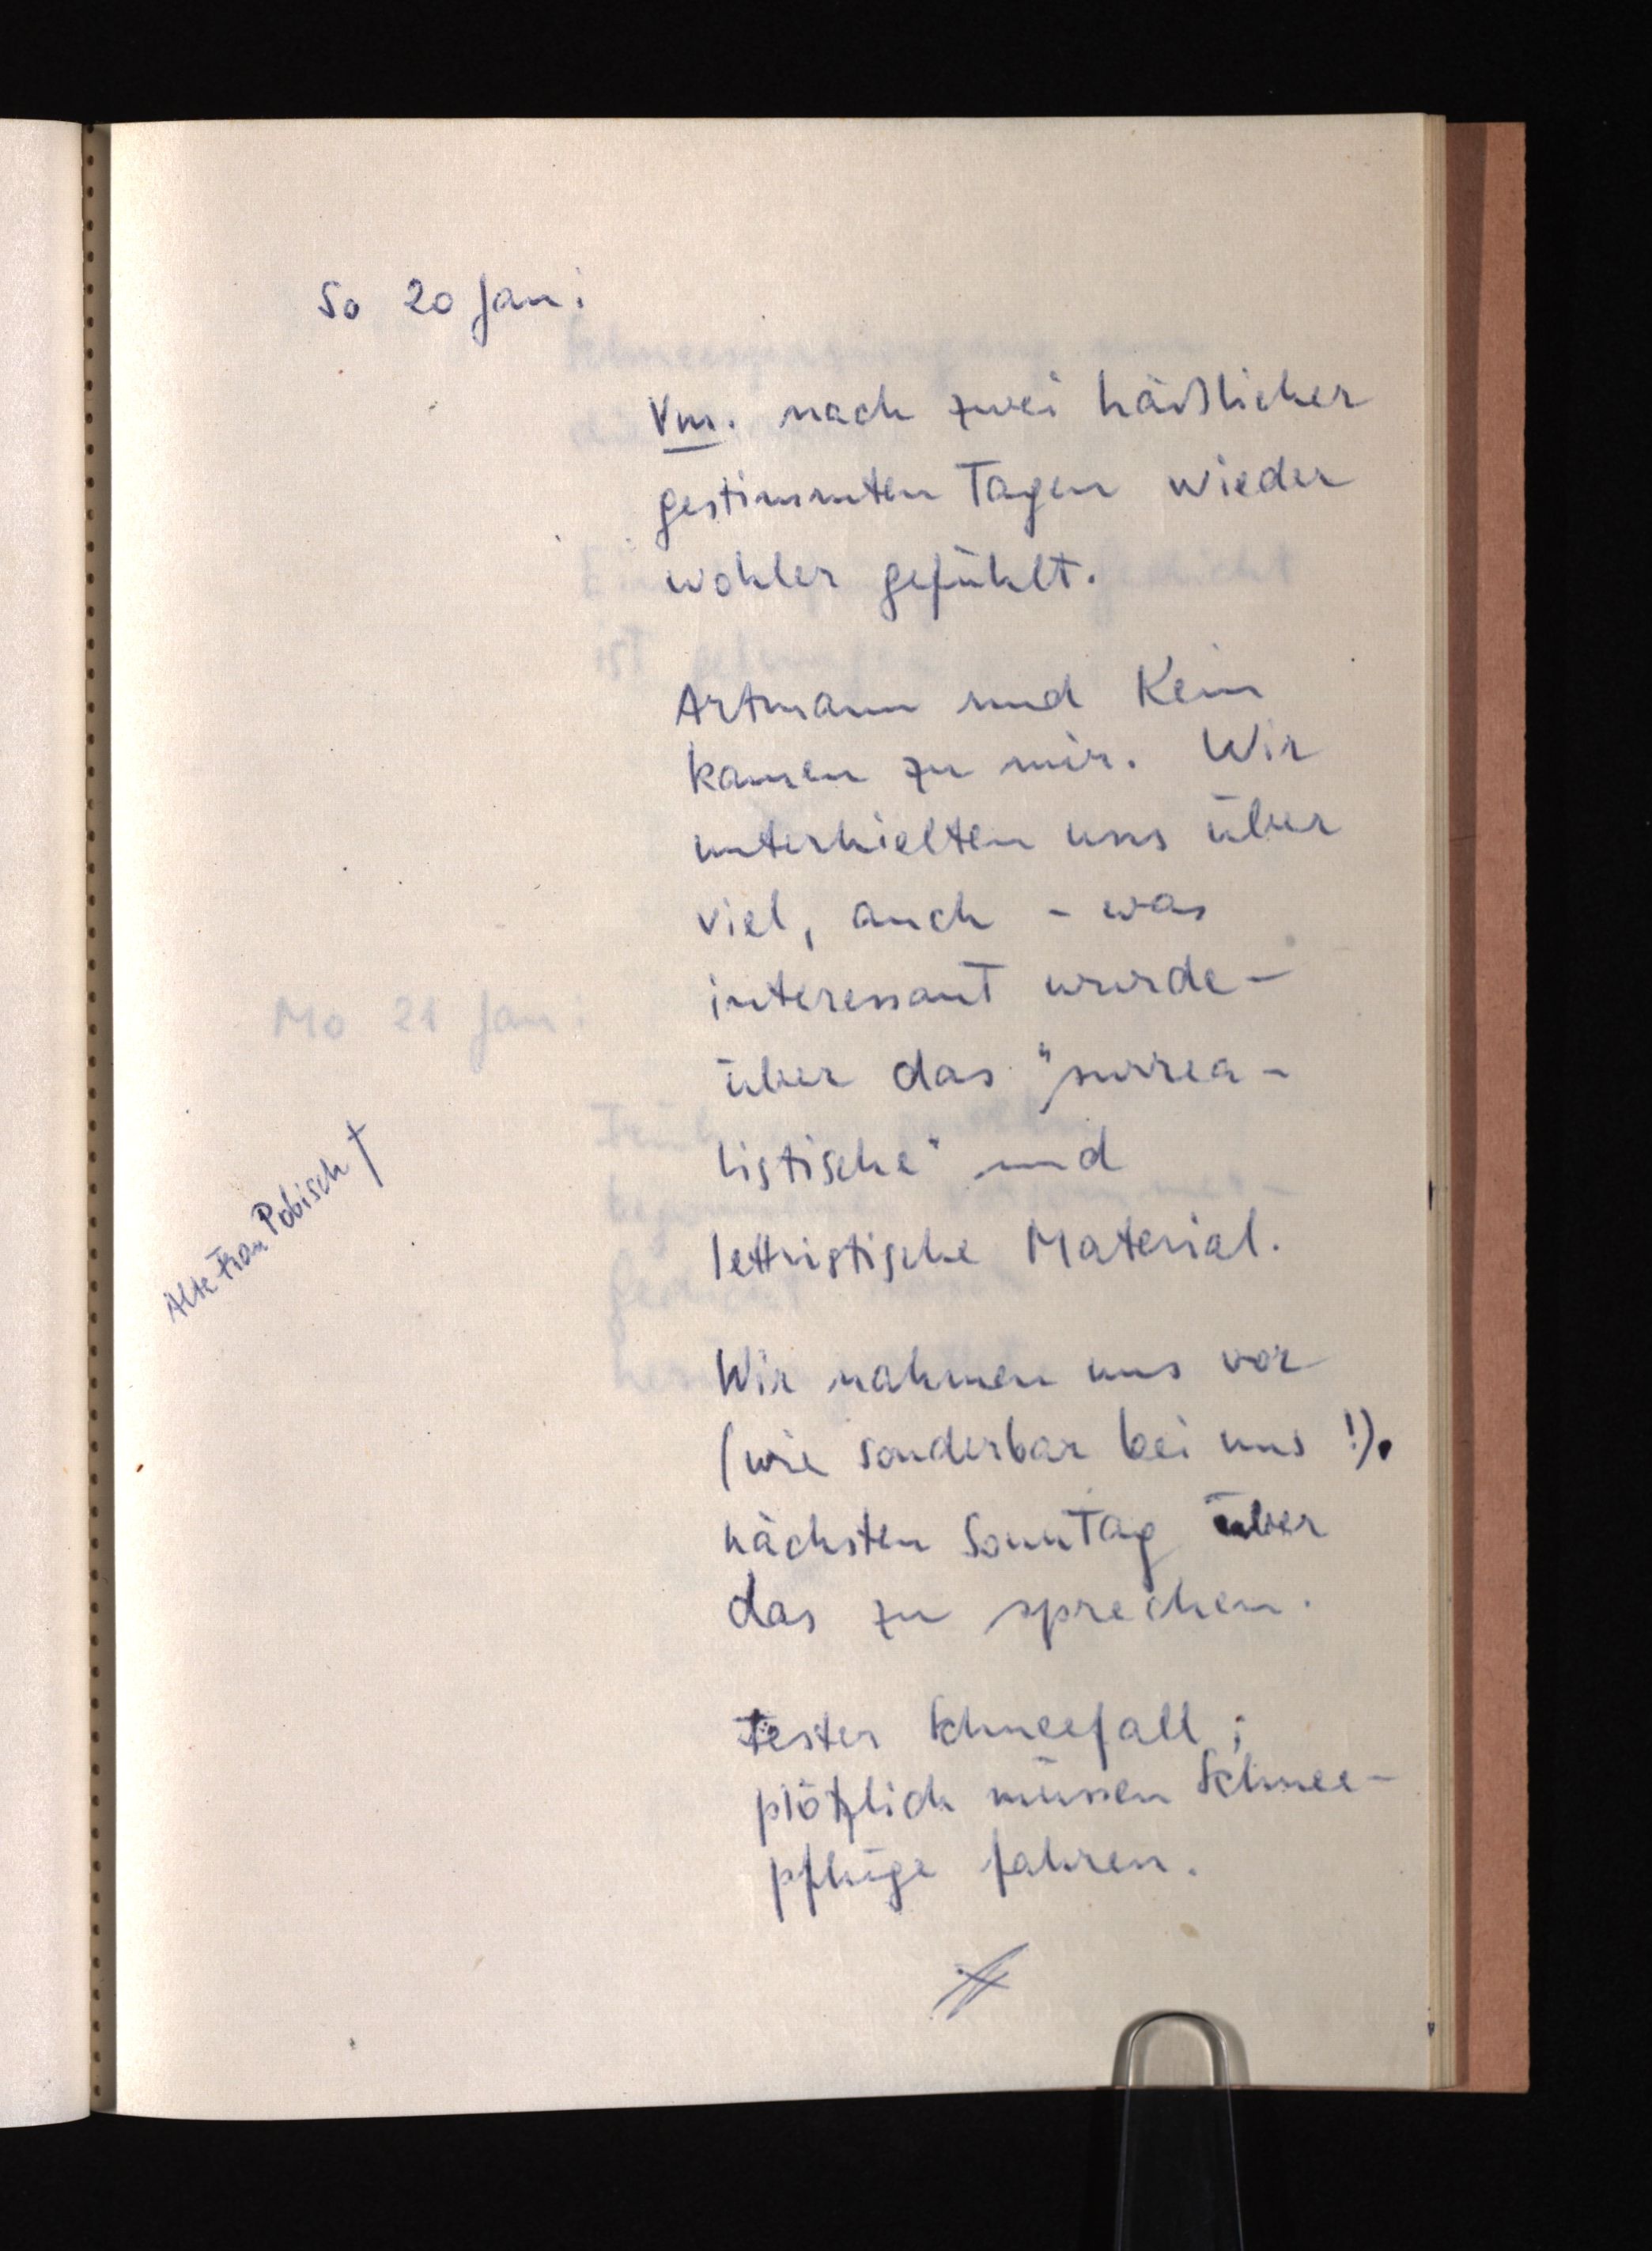
So 20 Jan:
Vm. nach zwei häßlicher
gestimmten Tagen wieder
wohler gefühlt.
Artmann und Kein
kamen zu mir. Wir
unterhielten uns über
viel, auch - was
interessant wurde¬
über das "surrea¬
listische" und
lettristische Material.
Wir nahmen uns vor
(wie sonderbar bei uns!),
nächsten Sonntag über
das zu sprechen.
Fester Schneefall:;
plötzlich müssen Schnee¬
pflüge fahren.

Alte Frau Pobisch †